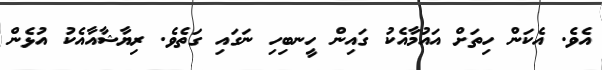
އެވެ. އެކަން ހިތަށް އައުމާއެކު ގައިން ހީނބިހި ނަގައި ގަތެވެ. ރިޔާޝާއާއެކު އުޅެން